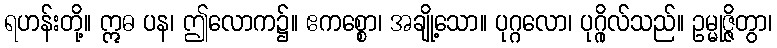
ရဟန်းတို့။ ဣဓ ပန၊ ဤလောက၌။ ဧကစ္စော၊ အချို့သော။ ပုဂ္ဂလော၊ ပုဂ္ဂိုလ်သည်။ ဥမ္မုဇ္ဇိတွာ၊